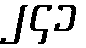
၂၄၁